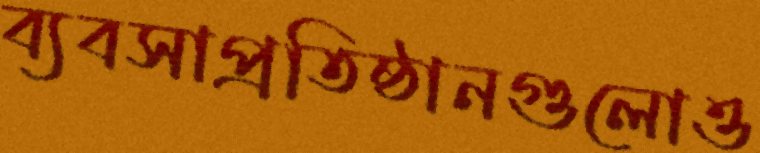
ব্যবসাপ্রতিষ্ঠানগুলোও